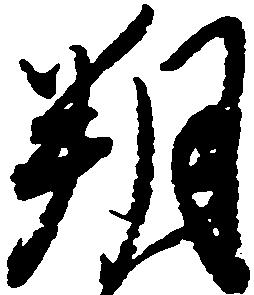
朔